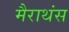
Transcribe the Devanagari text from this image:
मैराथंस